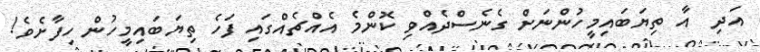
އަދި  އާ ތިޔަބައިމީހުންނަށް ގެނެސްދެއްވި ކޮންމެ އެއްޗެއްގައި ފަހެ ތިޔަބައިމީހުން ހިފާށެވެ!